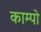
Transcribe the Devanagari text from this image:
काम्पो